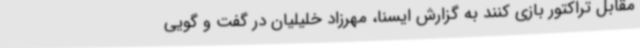
مقابل تراکتور بازی کنند به گزارش ایسنا، مهرزاد خلیلیان در گفت و گویی